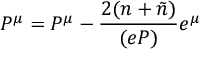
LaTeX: P ^ { \mu } = { \cal P } ^ { \mu } - \frac { 2 ( n + \tilde { n } ) } { ( e { \cal P } ) } e ^ { \mu }